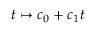
t \mapsto c _ { 0 } + c _ { 1 } t